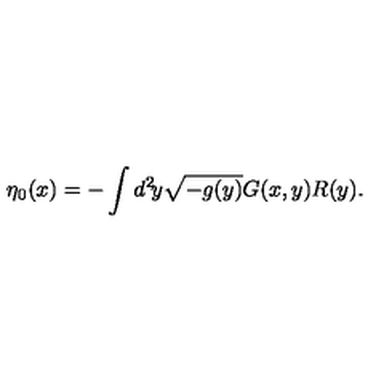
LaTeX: \eta _ { 0 } ( x ) = - \int d ^ { 2 } \! y \sqrt { - g ( y ) } G ( x , y ) R ( y ) .